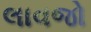
લાવજો